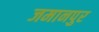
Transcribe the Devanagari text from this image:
जमानपुर